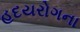
હદયરોગના